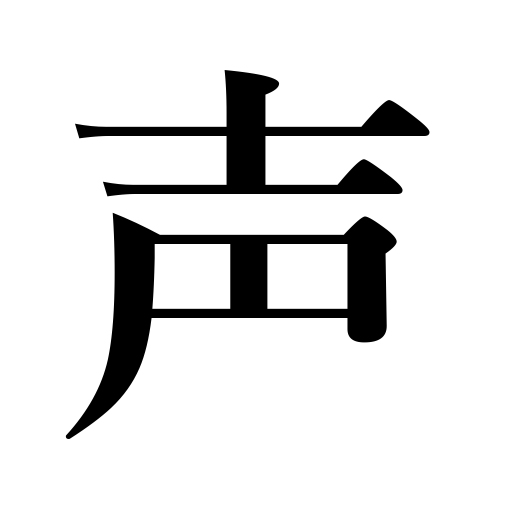
Meanings: tone,alarm,chirp,bird song,cry,voice